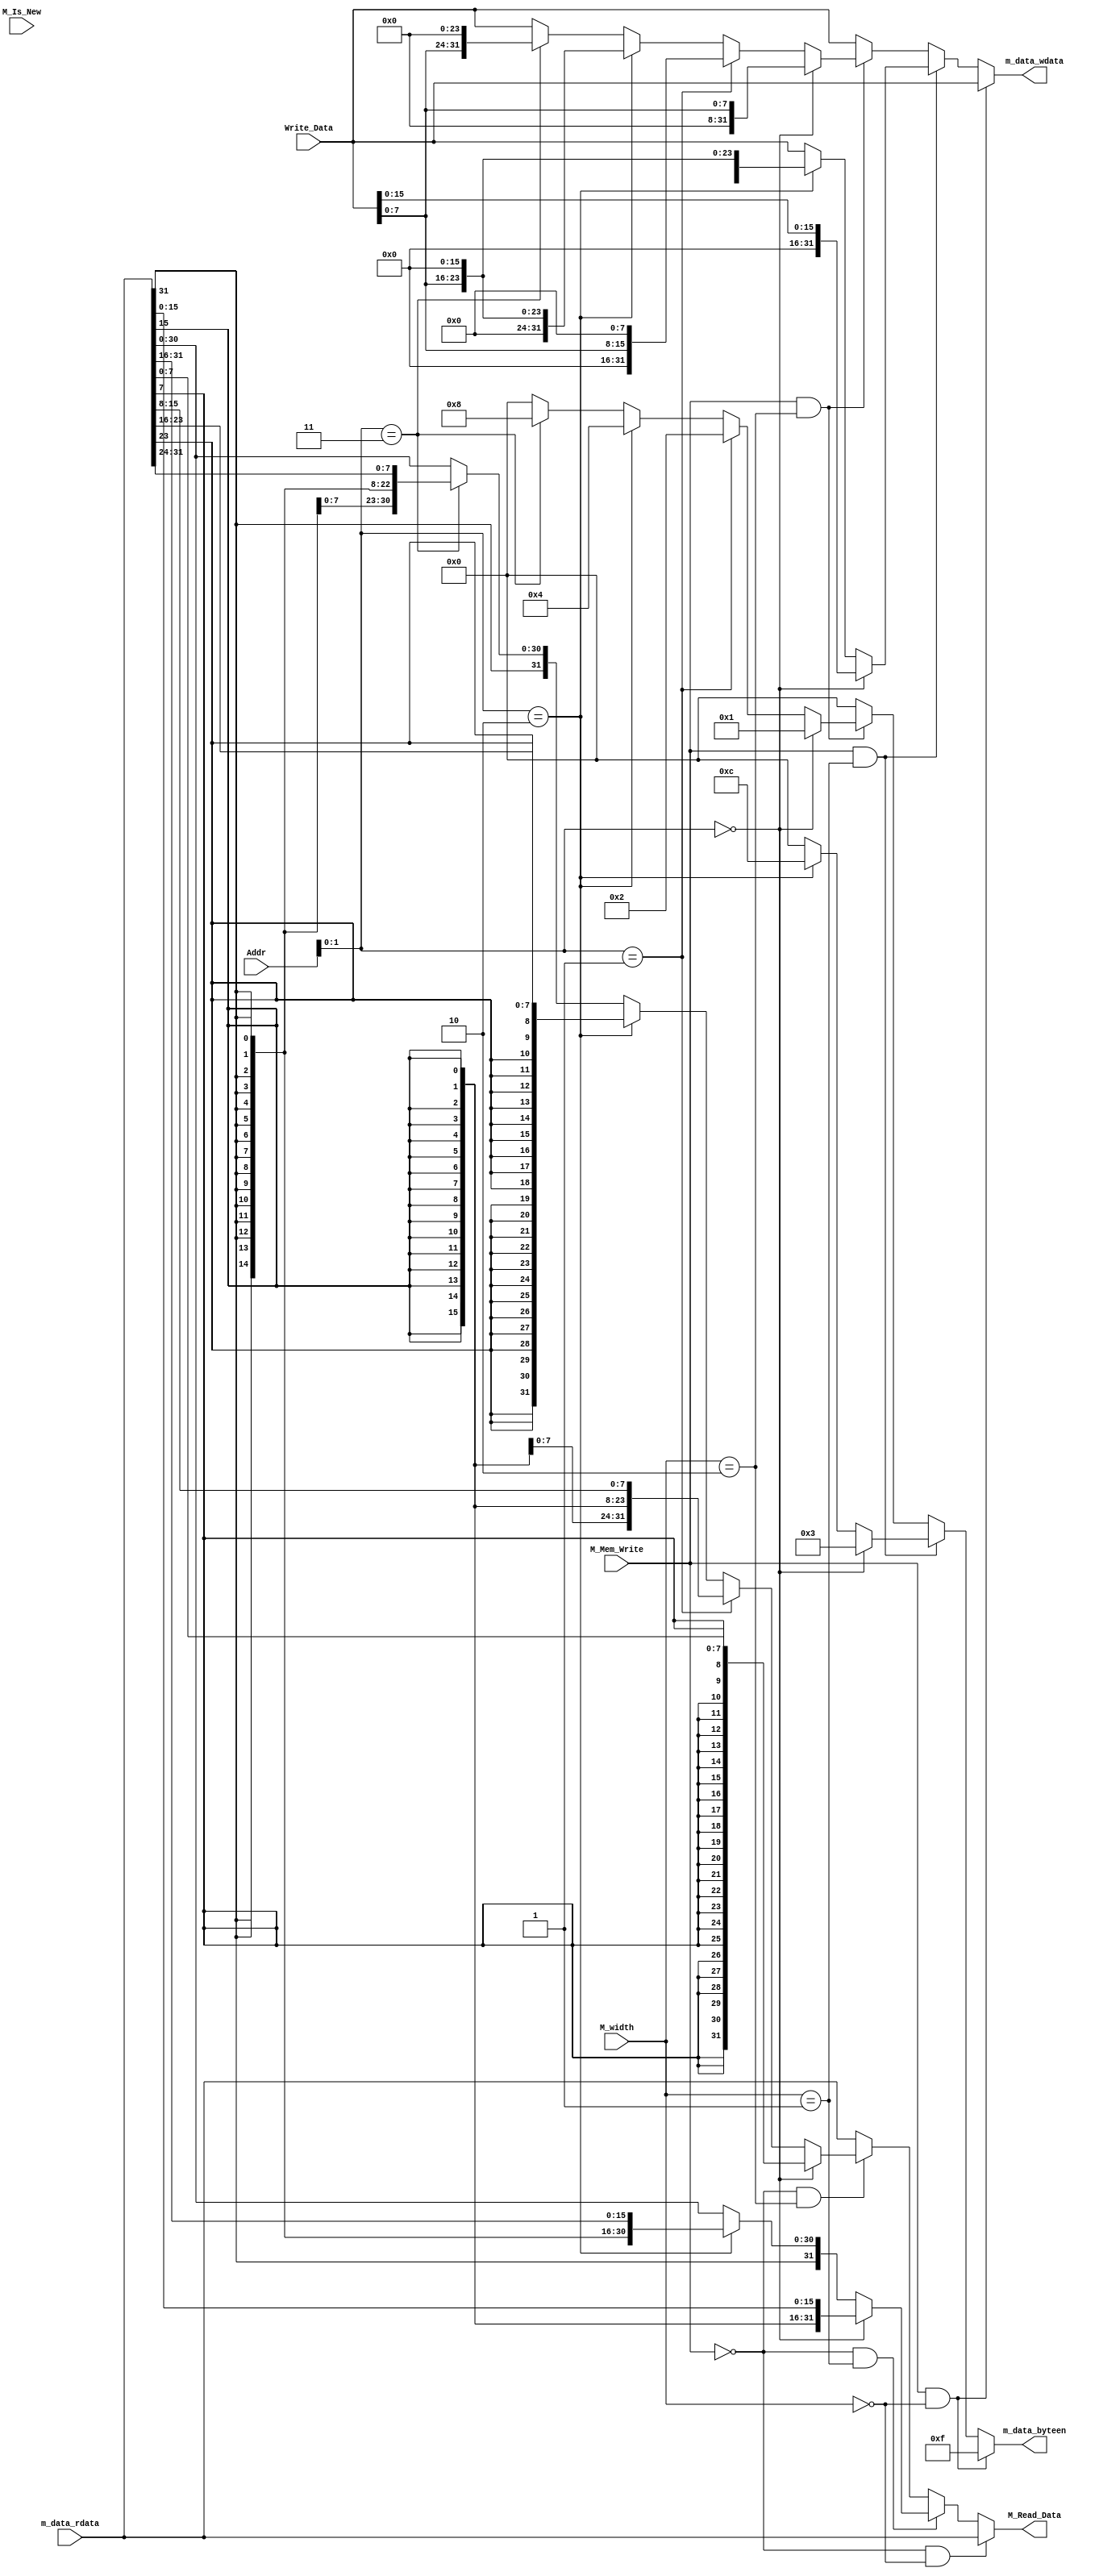
`timescale 1ns / 1ps
//////////////////////////////////////////////////////////////////////////////////
// Company: 
// Engineer: 
// 
// Design Name: 
// Module Name:    M_BE 
// Project Name: 
// Target Devices: 
// Tool versions: 
// Description: 
//
// Dependencies: 
//
// Revision: 
// Revision 0.01 - File Created
// Additional Comments: 
//
//////////////////////////////////////////////////////////////////////////////////
`define BE_w 2'b00 
`define BE_h 2'b01 
`define BE_b 2'b10 
module M_BE(
	input [1:0] M_width,
    input M_Mem_Write,
    input [31:0] Addr,//ALU_Result
    input [31:0] Write_Data,
	input M_Is_New,
	input [31:0] m_data_rdata,
	
	output [31:0] M_Read_Data,
    output [31:0] m_data_wdata,
    output [3:0] m_data_byteen
    );
	
	assign m_data_byteen = 	(M_Mem_Write == 1 && M_width == `BE_w) ?  	4'b1111 :
							(M_Mem_Write == 1 && M_width == `BE_h) ?  	(Addr[1:0]==2'b00 ? 4'b0011:
																		 Addr[1:0]==2'b10 ? 4'b1100: 4'b0000):
							(M_Mem_Write == 1 && M_width == `BE_b) ?  	(Addr[1:0]==2'b00 ? 4'b0001:
																		 Addr[1:0]==2'b01 ? 4'b0010:
																		 Addr[1:0]==2'b10 ? 4'b0100:
																		 Addr[1:0]==2'b11 ? 4'b1000: 4'b0000): 4'b0000;
	assign m_data_wdata =	(M_Mem_Write == 1 && M_width == `BE_w) ?  	Write_Data :
							(M_Mem_Write == 1 && M_width == `BE_h) ?  	(Addr[1:0]==2'b00 ? {16'b0, Write_Data[15:0]}:
																		 Addr[1:0]==2'b10 ? {Write_Data[15:0], 16'b0}:	Write_Data):
							(M_Mem_Write == 1 && M_width == `BE_b) ?  	(Addr[1:0]==2'b00 ? {24'b0, Write_Data[7:0]		 }	:
																		 Addr[1:0]==2'b01 ? {16'b0, Write_Data[7:0],8'b0 }  :
																		 Addr[1:0]==2'b10 ? {8'b0, 	Write_Data[7:0],16'b0} 	:
																		 Addr[1:0]==2'b11 ? {		Write_Data[7:0],24'b0}	: Write_Data): Write_Data;
	
	assign M_Read_Data =	(M_Mem_Write == 0 && M_width == `BE_w) ?  	m_data_rdata :
							(M_Mem_Write == 0 && M_width == `BE_h) ?  	(Addr[1:0]==2'b00 ? {{16{m_data_rdata[15]}}, m_data_rdata[15:0] }	:
																		 Addr[1:0]==2'b10 ? {{16{m_data_rdata[31]}}, m_data_rdata[31:16]}	:m_data_rdata):
							(M_Mem_Write == 0 && M_width == `BE_b) ?  	(Addr[1:0]==2'b00 ? {{24{m_data_rdata[7]}} , m_data_rdata[7:0]	}	:
																		 Addr[1:0]==2'b01 ? {{24{m_data_rdata[15]}}, m_data_rdata[15:8] }  	:
																		 Addr[1:0]==2'b10 ? {{24{m_data_rdata[23]}}, m_data_rdata[23:16]} 	:
																		 Addr[1:0]==2'b11 ? {{24{m_data_rdata[31]}}, m_data_rdata[31:24]}	: m_data_rdata): m_data_rdata;
	
endmodule